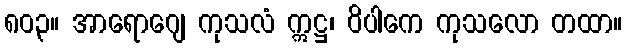
၈၀၃။ အာရောဂျေ ကုသလံ ဣဋ္ဌ၊ ဝိပါကေ ကုသလော တထာ။